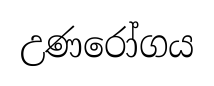
උණරෝගය